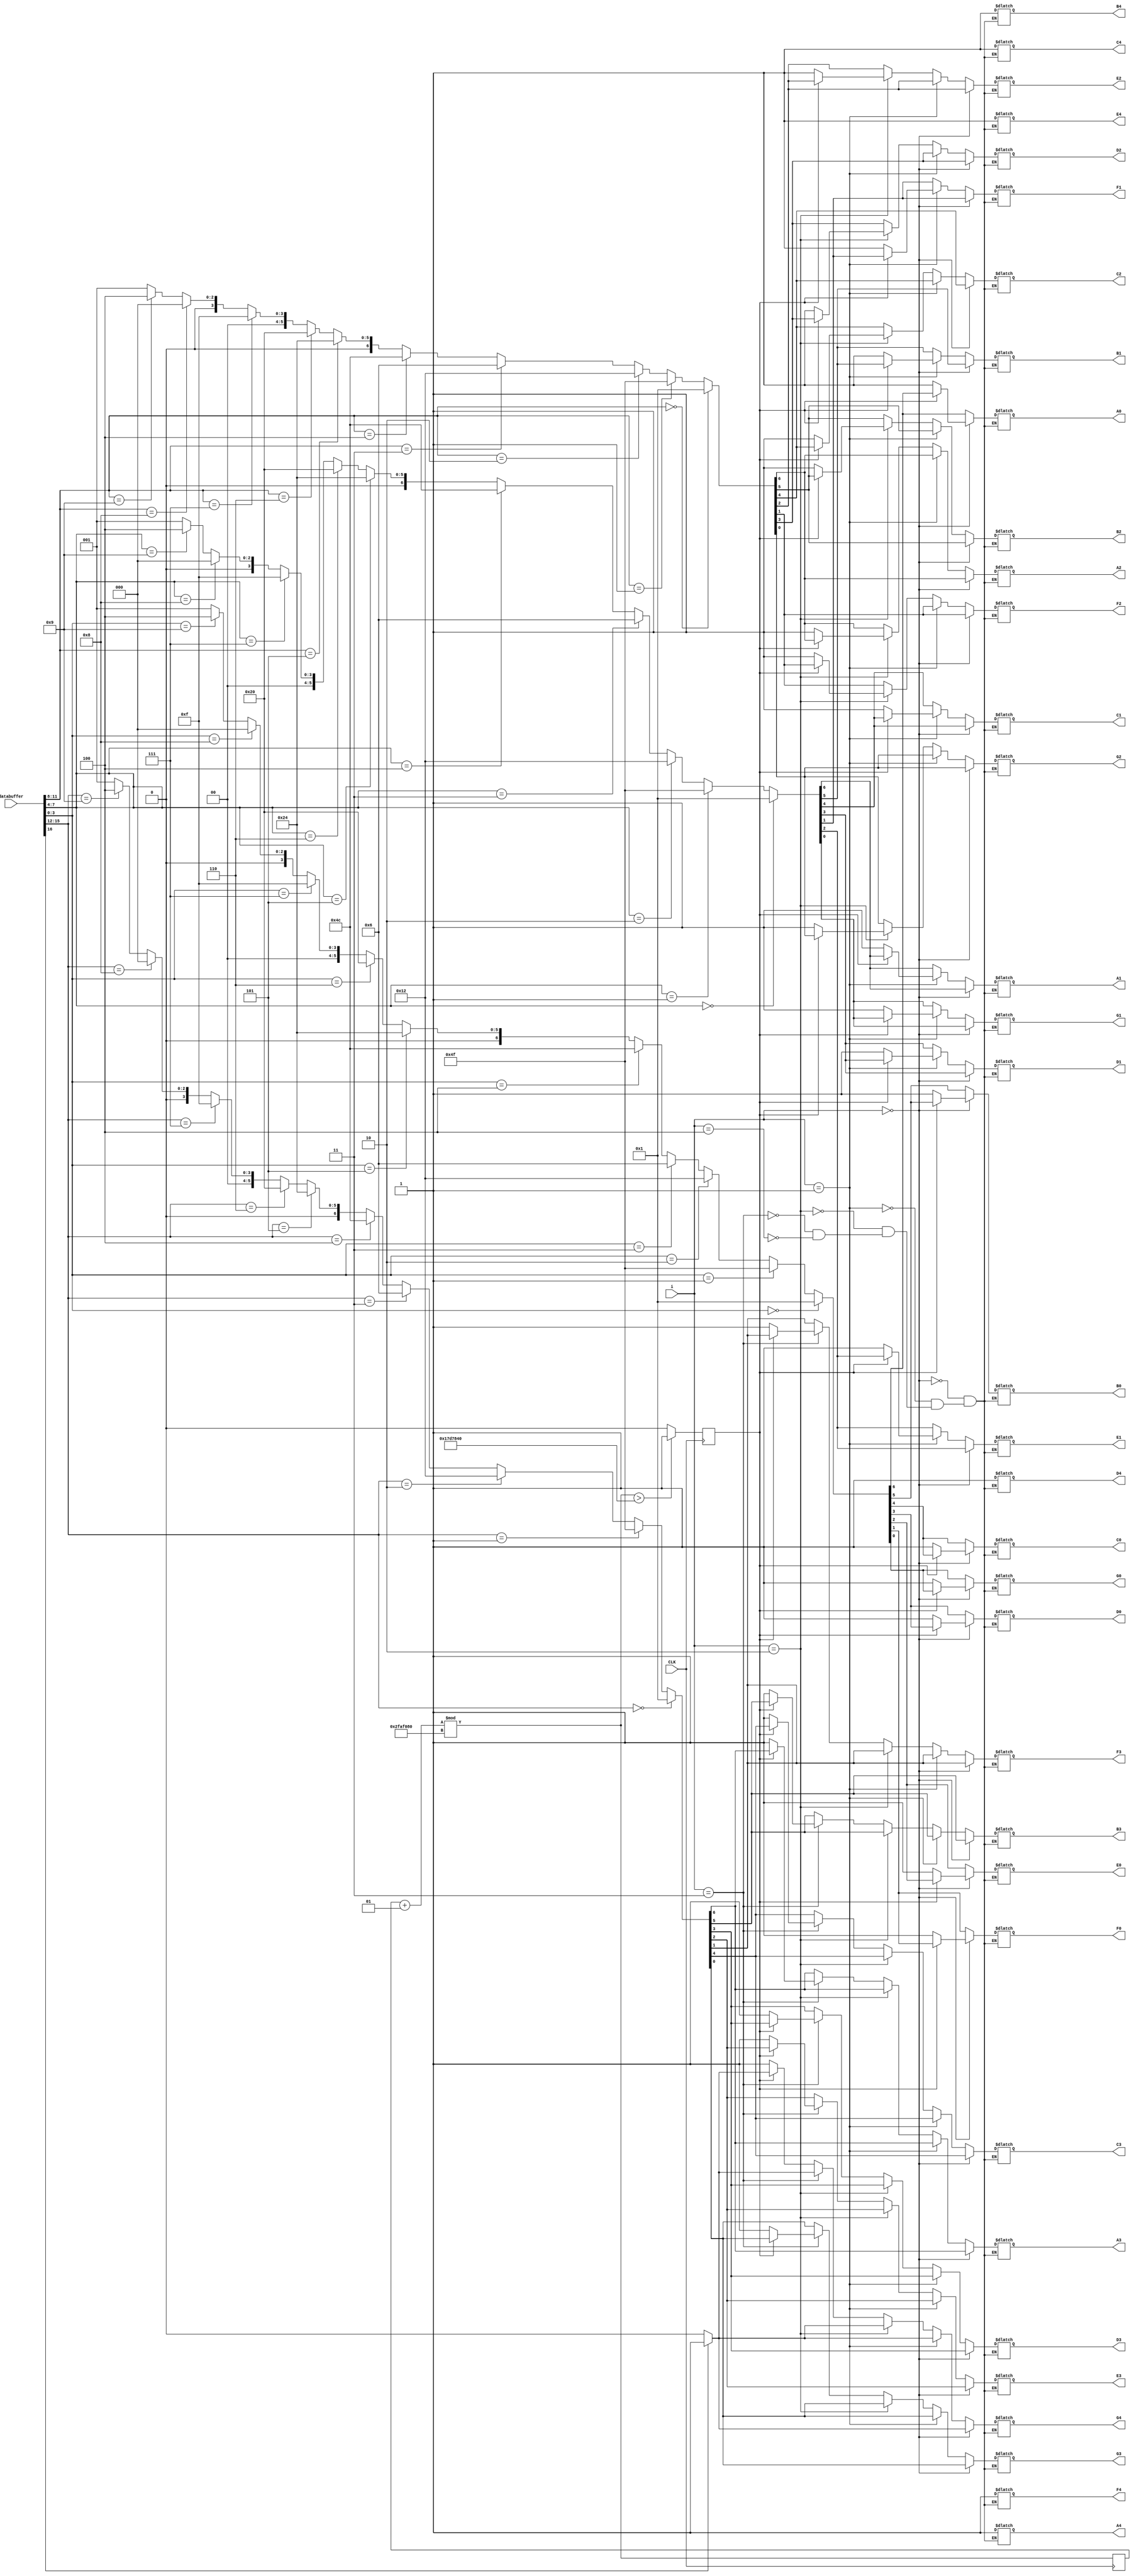
module display7segment(databuffer,i,CLK,
A0,B0,C0,D0,E0,F0,G0,
A1,B1,C1,D1,E1,F1,G1,
A2,B2,C2,D2,E2,F2,G2,
A3,B3,C3,D3,E3,F3,G3,
A4,B4,C4,D4,E4,F4,G4);
input [16:0]databuffer;
input [2:0]i;
input CLK;
output reg A0,B0,C0,D0,E0,F0,G0,
A1,B1,C1,D1,E1,F1,G1,
A2,B2,C2,D2,E2,F2,G2,
A3,B3,C3,D3,E3,F3,G3,
A4,B4,C4,D4,E4,F4,G4;
integer j=0;
reg w1=0;
always @( posedge CLK) 
begin
j=(j+1)%50000000;
if(j>25000000) w1=1;else w1=0;
end
always@(*)
begin
if(i==0)
	begin
	{A4,B4,C4,D4,E4,F4,G4}<=_7segment(databuffer[16],0);
	{A3,B3,C3,D3,E3,F3,G3}<=_7segment(databuffer[15:12],1);
	{A2,B2,C2,D2,E2,F2,G2}<=_7segment(databuffer[11:8],1);
	{A1,B1,C1,D1,E1,F1,G1}<=_7segment(databuffer[7:4],1);
	{A0,B0,C0,D0,E0,F0,G0}<=_7segment(databuffer[3:0],1);
	if(w1==1) {A0,B0,C0,D0,E0,F0,G0}<=_7segment(databuffer[3:0],1);
	else {A0,B0,C0,D0,E0,F0,G0}<=_7segment(1,0);
	end
else if(i==1)
	begin
	{A4,B4,C4,D4,E4,F4,G4}<=_7segment(databuffer[16],0);
	{A3,B3,C3,D3,E3,F3,G3}<=_7segment(databuffer[15:12],1);
	{A2,B2,C2,D2,E2,F2,G2}<=_7segment(databuffer[11:8],1);
	{A0,B0,C0,D0,E0,F0,G0}<=_7segment(databuffer[3:0],1);
	{A1,B1,C1,D1,E1,F1,G1}<=_7segment(databuffer[7:4],1);
	if(w1==1) {A1,B1,C1,D1,E1,F1,G1}<=_7segment(databuffer[7:4],1);
	else {A1,B1,C1,D1,E1,F1,G1}<=_7segment(1,0);
	end
else if(i==2)
	begin
	{A4,B4,C4,D4,E4,F4,G4}<=_7segment(databuffer[16],0);
	{A3,B3,C3,D3,E3,F3,G3}<=_7segment(databuffer[15:12],1);
	{A1,B1,C1,D1,E1,F1,G1}<=_7segment(databuffer[7:4],1);
	{A0,B0,C0,D0,E0,F0,G0}<=_7segment(databuffer[3:0],1);
	{A2,B2,C2,D2,E2,F2,G2}<=_7segment(databuffer[11:8],1);
	if(w1==1) {A2,B2,C2,D2,E2,F2,G2}<=_7segment(databuffer[11:8],1);
	else {A2,B2,C2,D2,E2,F2,G2}<=_7segment(1,0);
	end
else if(i==3)
	begin
	{A4,B4,C4,D4,E4,F4,G4}<=_7segment(databuffer[16],0);
	{A2,B2,C2,D2,E2,F2,G2}<=_7segment(databuffer[11:8],1);
	{A1,B1,C1,D1,E1,F1,G1}<=_7segment(databuffer[7:4],1);
	{A0,B0,C0,D0,E0,F0,G0}<=_7segment(databuffer[3:0],1);
	{A3,B3,C3,D3,E3,F3,G3}<=_7segment(databuffer[15:12],1);
	if(w1==1) {A3,B3,C3,D3,E3,F3,G3}<=_7segment(databuffer[15:12],1);
	else {A3,B3,C3,D3,E3,F3,G3}<=_7segment(1,0);
	end
else if(i==4)
	begin
	{A3,B3,C3,D3,E3,F3,G3}<=_7segment(databuffer[15:12],1);
	{A2,B2,C2,D2,E2,F2,G2}<=_7segment(databuffer[11:8],1);
	{A1,B1,C1,D1,E1,F1,G1}<=_7segment(databuffer[7:4],1);
	{A0,B0,C0,D0,E0,F0,G0}<=_7segment(databuffer[3:0],1);
	{A4,B4,C4,D4,E4,F4,G4}<=_7segment(databuffer[16],0);
	if(w1==1) {A4,B4,C4,D4,E4,F4,G4}<=_7segment(databuffer[16],0);
	else {A4,B4,C4,D4,E4,F4,G4}<=_7segment(1,0);
	end
end


function [6:0]_7segment;
input [3:0]value;
input mode;
_7segment=(mode==0&&value==0)?7'b1111110:
						(mode==0&&value==1)?7'b1111111:
					 (value==0)?7'b0000001:
					 (value==1)?7'b1001111:
					 (value==2)?7'b0010010:
					 (value==3)?7'b0000110:
					 (value==4)?7'b1001100:
					 (value==5)?7'b0100100:
					 (value==6)?7'b0100000:
					 (value==7)?7'b0001111:
					 (value==8)?7'b0000000:
					 (value==9)?7'b0000100:1;
endfunction  
endmodule